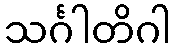
သင်္ဂါတိဂါ